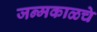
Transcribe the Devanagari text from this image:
जन्मकाळचे